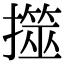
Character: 𢶅